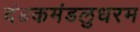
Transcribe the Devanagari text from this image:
दंडकमंडलुधरम